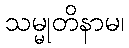
သမ္မုတိနာမ၊